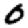
Digit: 0